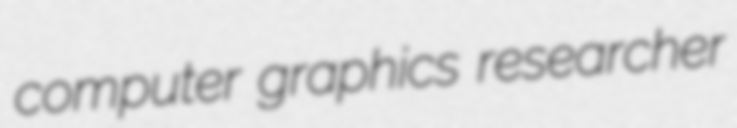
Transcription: computer graphics researcher